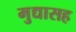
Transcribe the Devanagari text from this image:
मुद्यासह